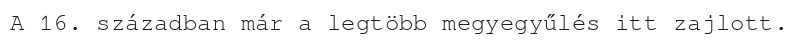
A 16. században már a legtöbb megyegyűlés itt zajlott.